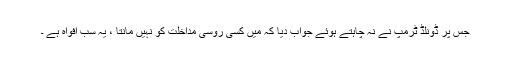
جس پر ڈونلڈ ٹرمپ نے نہ چاہتے ہوئے جواب دیا کہ میں کسی روسی مداخلت کو نہیں مانتا ، یہ سب افواہ ہے ۔